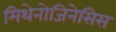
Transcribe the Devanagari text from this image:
मिथेनोजिनेसिस